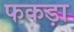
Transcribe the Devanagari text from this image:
फकड़ा